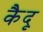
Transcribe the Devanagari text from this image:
कैदू